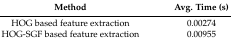
<table><thead><tr><td><b>Method</b></td><td><b>Avg. Time (s)</b></td></tr></thead><tbody><tr><td>HOG based feature extraction</td><td>0.00274</td></tr><tr><td>HOG-SGF based feature extraction</td><td>0.00955</td></tr></tbody></table>